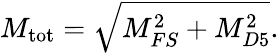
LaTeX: M_{\mathrm{tot}}=\sqrt{M_{FS}^{2}+M_{D5}^{2}}.